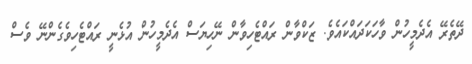
ދޭތެރޭ އެދެމީހުން ވާހަކަދައްކައެވެ. ޒަކްވާން ރައްޓެހިވާން ނޭހިޔަސް އެދެމީހުން އުޅެނީ ރައްޓެހިވެގެންނޭ ވެސް